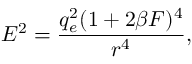
E ^ { 2 } = \frac { q _ { e } ^ { 2 } ( 1 + 2 \beta { \cal F } ) ^ { 4 } } { r ^ { 4 } } ,